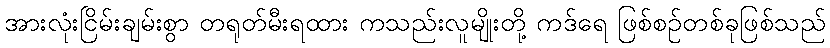
အားလုံးငြိမ်းချမ်းစွာ တရုတ်မီးရထား ကသည်းလူမျိုးတို့ ကဒ်ရေ ဖြစ်စဉ်တစ်ခုဖြစ်သည်